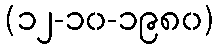
(၁၂-၁၀-၁၉၈၀)